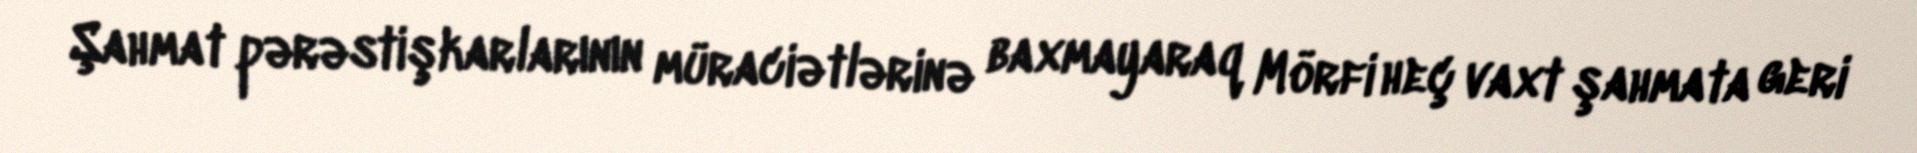
Şahmat pərəstişkarlarının müraciətlərinə baxmayaraq Mörfi heç vaxt şahmata geri